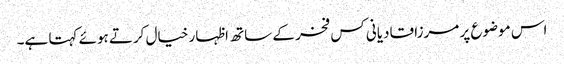
اس موضوع پر مرزا قادیانی کس فخر کے ساتھ اظہار خیال کرتے ہوئے کہتا ہے۔